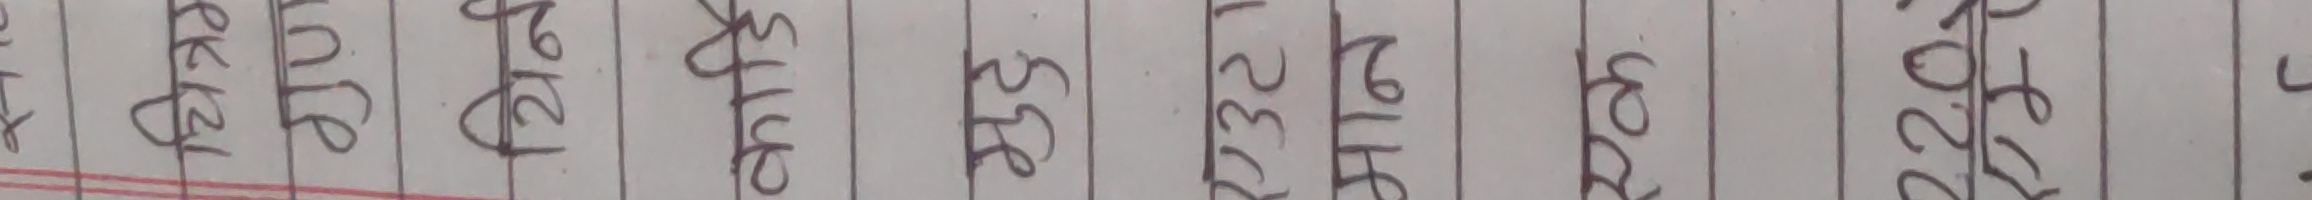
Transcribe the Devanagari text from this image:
रकेट
सुट
सिटी
सेफ
नम्बर
ब्याग
फोन
मोबाईल
ल्यापटप